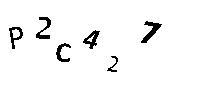
P2C427